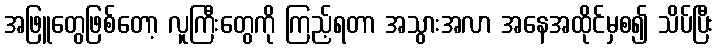
အဖြူတွေဖြစ်တော့ လူကြီးတွေကို ကြည့်ရတာ အသွားအလာ အနေအထိုင်မှစ၍ သိပ်ပြီး